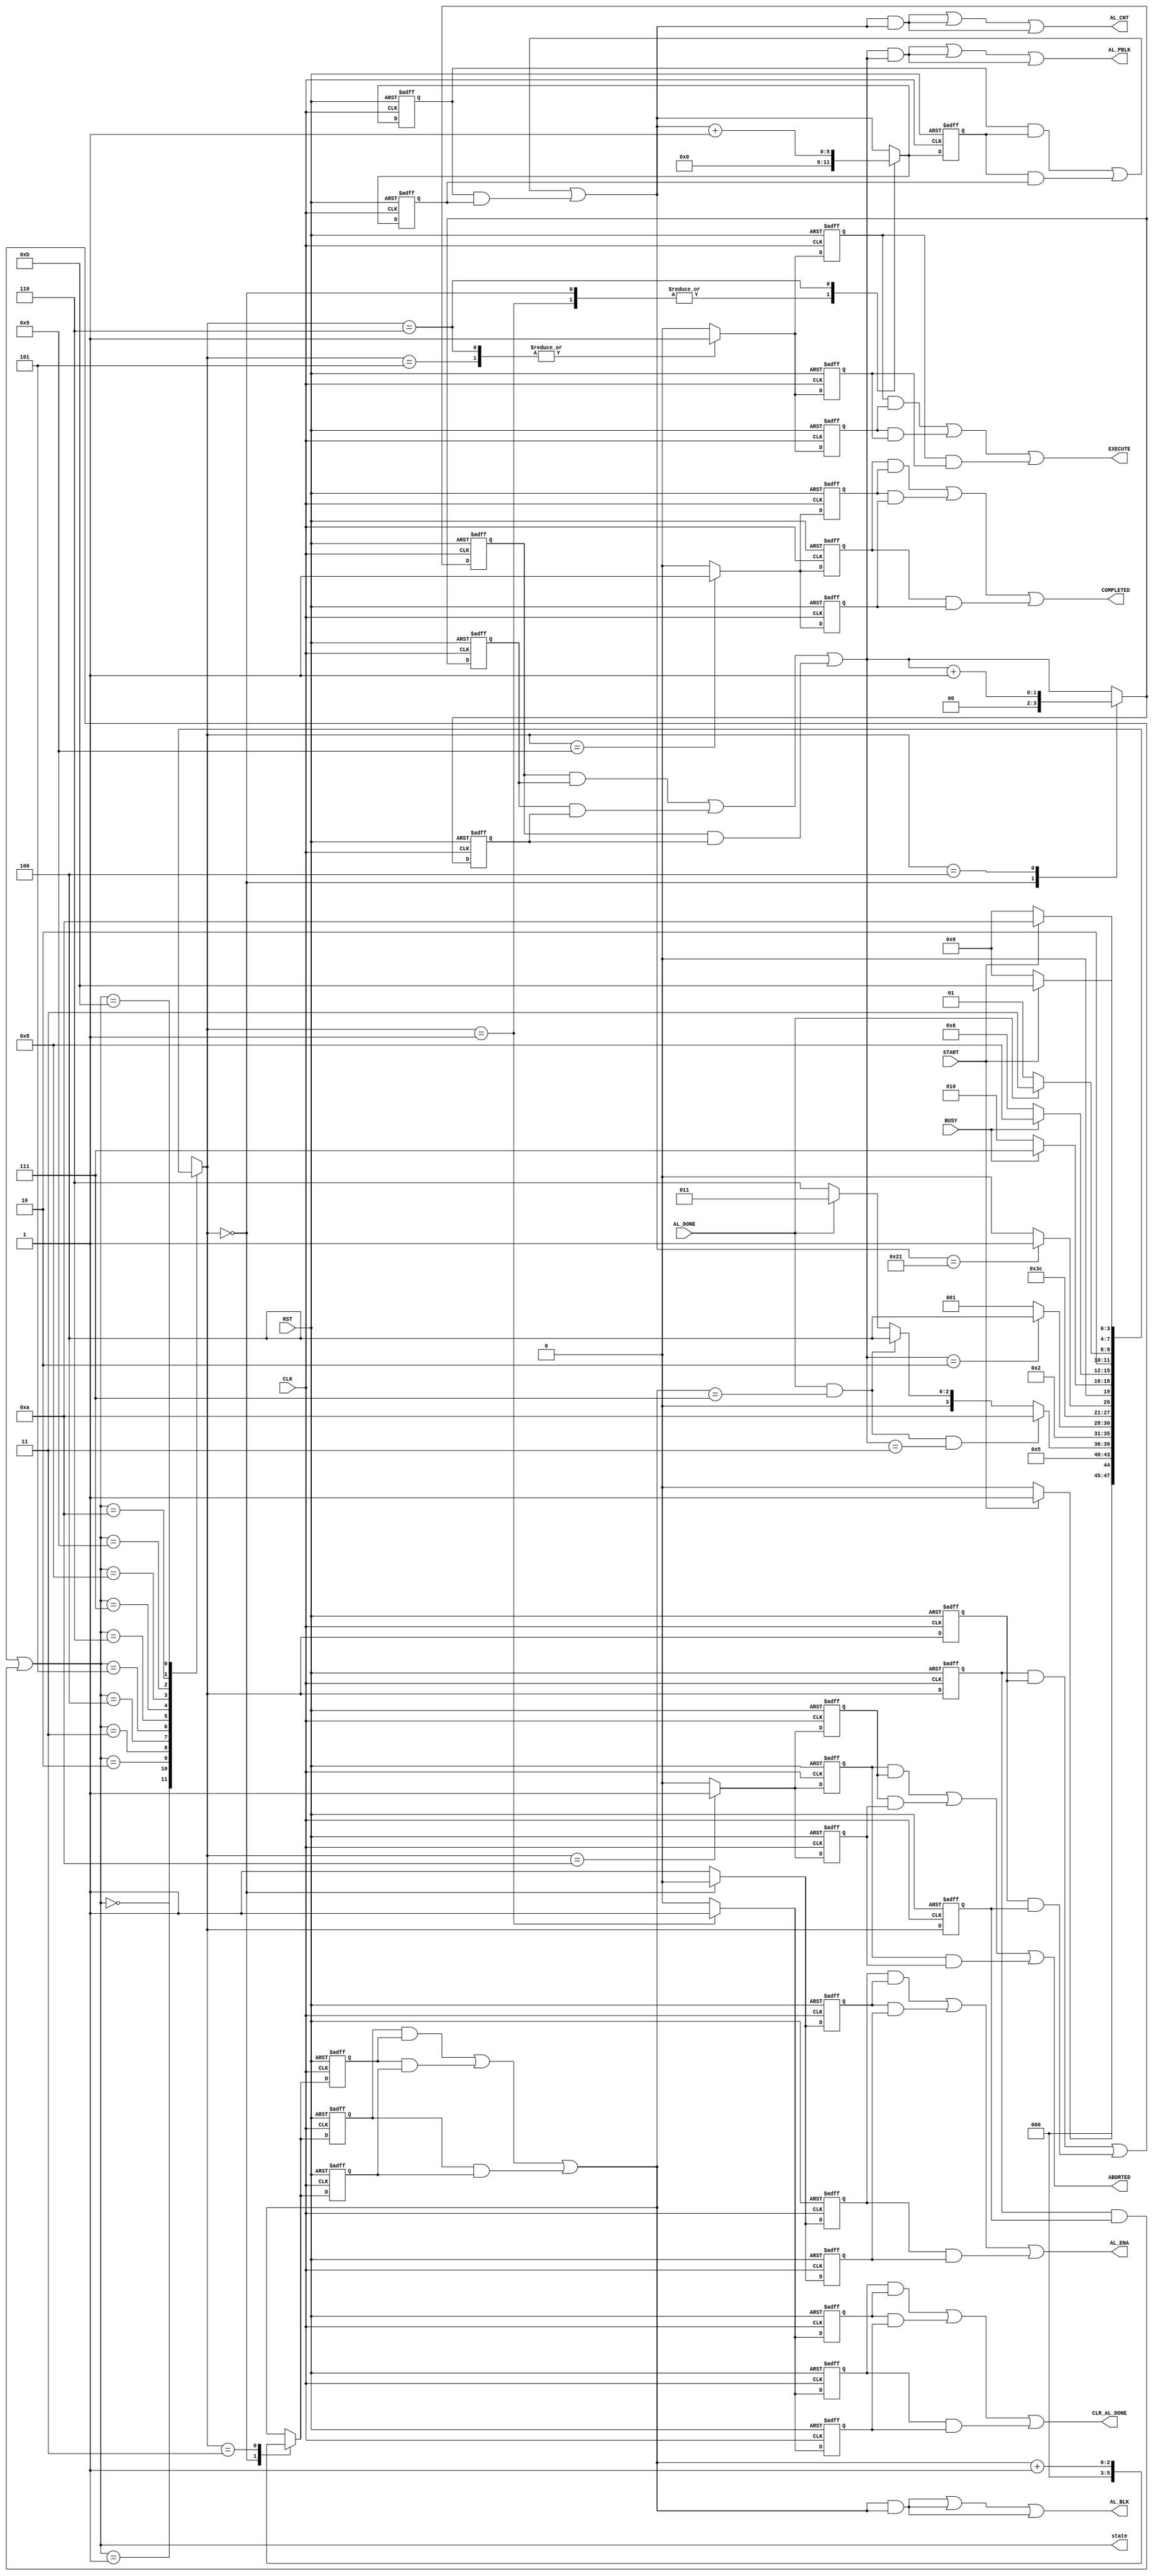

// Created by fizzim_tmr.pl version $Revision: 4.44 on 2017:01:13 at 14:09:33 (www.fizzim.com)

module auto_load_FSM_TMR 
  #(
    parameter MAX_ADDR = 6'd33,
    parameter MAX_BLK = 3'd7,
    parameter MAX_PBLK = 2'd3,
    parameter SKIP_PBLK = 2'd2
  )(
  output ABORTED,
  output wire [2:0] AL_BLK,
  output wire [5:0] AL_CNT,
  output AL_ENA,
  output wire [1:0] AL_PBLK,
  output CLR_AL_DONE,
  output COMPLETED,
  output EXECUTE,
  output wire [3:0] state,
  input AL_DONE,
  input BUSY,
  input CLK,
  input RST,
  input START 
);

  // state bits
  parameter 
  Idle       = 4'b0000, 
  AL_Ena     = 4'b0001, 
  Chk_Abort  = 4'b0010, 
  Inc_Blk    = 4'b0011, 
  Inc_PBlk   = 4'b0100, 
  Read_First = 4'b0101, 
  Read_One   = 4'b0110, 
  Wait2      = 4'b0111, 
  Wait3      = 4'b1000, 
  Wait4      = 4'b1001, 
  Wait5      = 4'b1010, 
  Wait6      = 4'b1011; 

  (* syn_preserve = "true" *) reg [3:0] state_1;
  (* syn_preserve = "true" *) reg [3:0] state_2;
  (* syn_preserve = "true" *) reg [3:0] state_3;

  (* syn_keep = "true" *) wire [3:0] voted_state_1;
  (* syn_keep = "true" *) wire [3:0] voted_state_2;
  (* syn_keep = "true" *) wire [3:0] voted_state_3;

  assign voted_state_1       = (state_1       & state_2      ) | (state_2       & state_3      ) | (state_1       & state_3      ); // Majority logic
  assign voted_state_2       = (state_1       & state_2      ) | (state_2       & state_3      ) | (state_1       & state_3      ); // Majority logic
  assign voted_state_3       = (state_1       & state_2      ) | (state_2       & state_3      ) | (state_1       & state_3      ); // Majority logic

  assign state = voted_state_1;

  (* syn_keep = "true" *) reg [3:0] nextstate_1;
  (* syn_keep = "true" *) reg [3:0] nextstate_2;
  (* syn_keep = "true" *) reg [3:0] nextstate_3;


  (* syn_preserve = "true" *)  reg ABORTED_1;
  (* syn_preserve = "true" *)  reg ABORTED_2;
  (* syn_preserve = "true" *)  reg ABORTED_3;
  (* syn_preserve = "true" *)  reg [2:0] AL_BLK_1;
  (* syn_preserve = "true" *)  reg [2:0] AL_BLK_2;
  (* syn_preserve = "true" *)  reg [2:0] AL_BLK_3;
  (* syn_preserve = "true" *)  reg [5:0] AL_CNT_1;
  (* syn_preserve = "true" *)  reg [5:0] AL_CNT_2;
  (* syn_preserve = "true" *)  reg [5:0] AL_CNT_3;
  (* syn_preserve = "true" *)  reg AL_ENA_1;
  (* syn_preserve = "true" *)  reg AL_ENA_2;
  (* syn_preserve = "true" *)  reg AL_ENA_3;
  (* syn_preserve = "true" *)  reg [1:0] AL_PBLK_1;
  (* syn_preserve = "true" *)  reg [1:0] AL_PBLK_2;
  (* syn_preserve = "true" *)  reg [1:0] AL_PBLK_3;
  (* syn_preserve = "true" *)  reg CLR_AL_DONE_1;
  (* syn_preserve = "true" *)  reg CLR_AL_DONE_2;
  (* syn_preserve = "true" *)  reg CLR_AL_DONE_3;
  (* syn_preserve = "true" *)  reg COMPLETED_1;
  (* syn_preserve = "true" *)  reg COMPLETED_2;
  (* syn_preserve = "true" *)  reg COMPLETED_3;
  (* syn_preserve = "true" *)  reg EXECUTE_1;
  (* syn_preserve = "true" *)  reg EXECUTE_2;
  (* syn_preserve = "true" *)  reg EXECUTE_3;
  (* syn_preserve = "true" *)  reg [2:0] block_1;
  (* syn_preserve = "true" *)  reg [2:0] block_2;
  (* syn_preserve = "true" *)  reg [2:0] block_3;
  (* syn_keep = "true" *)      wire [2:0] voted_block_1;
  (* syn_keep = "true" *)      wire [2:0] voted_block_2;
  (* syn_keep = "true" *)      wire [2:0] voted_block_3;
  (* syn_preserve = "true" *)  reg [5:0] cnt_1;
  (* syn_preserve = "true" *)  reg [5:0] cnt_2;
  (* syn_preserve = "true" *)  reg [5:0] cnt_3;
  (* syn_keep = "true" *)      wire [5:0] voted_cnt_1;
  (* syn_keep = "true" *)      wire [5:0] voted_cnt_2;
  (* syn_keep = "true" *)      wire [5:0] voted_cnt_3;
  (* syn_preserve = "true" *)  reg [1:0] pblk_1;
  (* syn_preserve = "true" *)  reg [1:0] pblk_2;
  (* syn_preserve = "true" *)  reg [1:0] pblk_3;
  (* syn_keep = "true" *)      wire [1:0] voted_pblk_1;
  (* syn_keep = "true" *)      wire [1:0] voted_pblk_2;
  (* syn_keep = "true" *)      wire [1:0] voted_pblk_3;

  // Assignment of outputs and flags to voted majority logic of replicated registers
  assign ABORTED     = (ABORTED_1     & ABORTED_2    ) | (ABORTED_2     & ABORTED_3    ) | (ABORTED_1     & ABORTED_3    ); // Majority logic
  assign AL_BLK      = (AL_BLK_1      & AL_BLK_2     ) | (AL_BLK_2      & AL_BLK_3     ) | (AL_BLK_1      & AL_BLK_3     ); // Majority logic
  assign AL_CNT      = (AL_CNT_1      & AL_CNT_2     ) | (AL_CNT_2      & AL_CNT_3     ) | (AL_CNT_1      & AL_CNT_3     ); // Majority logic
  assign AL_ENA      = (AL_ENA_1      & AL_ENA_2     ) | (AL_ENA_2      & AL_ENA_3     ) | (AL_ENA_1      & AL_ENA_3     ); // Majority logic
  assign AL_PBLK     = (AL_PBLK_1     & AL_PBLK_2    ) | (AL_PBLK_2     & AL_PBLK_3    ) | (AL_PBLK_1     & AL_PBLK_3    ); // Majority logic
  assign CLR_AL_DONE = (CLR_AL_DONE_1 & CLR_AL_DONE_2) | (CLR_AL_DONE_2 & CLR_AL_DONE_3) | (CLR_AL_DONE_1 & CLR_AL_DONE_3); // Majority logic
  assign COMPLETED   = (COMPLETED_1   & COMPLETED_2  ) | (COMPLETED_2   & COMPLETED_3  ) | (COMPLETED_1   & COMPLETED_3  ); // Majority logic
  assign EXECUTE     = (EXECUTE_1     & EXECUTE_2    ) | (EXECUTE_2     & EXECUTE_3    ) | (EXECUTE_1     & EXECUTE_3    ); // Majority logic
  assign voted_block_1       = (block_1       & block_2      ) | (block_2       & block_3      ) | (block_1       & block_3      ); // Majority logic
  assign voted_block_2       = (block_1       & block_2      ) | (block_2       & block_3      ) | (block_1       & block_3      ); // Majority logic
  assign voted_block_3       = (block_1       & block_2      ) | (block_2       & block_3      ) | (block_1       & block_3      ); // Majority logic
  assign voted_cnt_1         = (cnt_1         & cnt_2        ) | (cnt_2         & cnt_3        ) | (cnt_1         & cnt_3        ); // Majority logic
  assign voted_cnt_2         = (cnt_1         & cnt_2        ) | (cnt_2         & cnt_3        ) | (cnt_1         & cnt_3        ); // Majority logic
  assign voted_cnt_3         = (cnt_1         & cnt_2        ) | (cnt_2         & cnt_3        ) | (cnt_1         & cnt_3        ); // Majority logic
  assign voted_pblk_1        = (pblk_1        & pblk_2       ) | (pblk_2        & pblk_3       ) | (pblk_1        & pblk_3       ); // Majority logic
  assign voted_pblk_2        = (pblk_1        & pblk_2       ) | (pblk_2        & pblk_3       ) | (pblk_1        & pblk_3       ); // Majority logic
  assign voted_pblk_3        = (pblk_1        & pblk_2       ) | (pblk_2        & pblk_3       ) | (pblk_1        & pblk_3       ); // Majority logic

  // Assignment of error detection logic to replicated signals

  // comb always block
  always @* begin
    nextstate_1 = 4'bxxxx; // default to x because default_state_is_x is set
    nextstate_2 = 4'bxxxx; // default to x because default_state_is_x is set
    nextstate_3 = 4'bxxxx; // default to x because default_state_is_x is set
    AL_BLK_1 = voted_block_1; // default
    AL_BLK_2 = voted_block_2; // default
    AL_BLK_3 = voted_block_3; // default
    AL_CNT_1 = voted_cnt_1; // default
    AL_CNT_2 = voted_cnt_2; // default
    AL_CNT_3 = voted_cnt_3; // default
    AL_PBLK_1 = voted_pblk_1; // default
    AL_PBLK_2 = voted_pblk_2; // default
    AL_PBLK_3 = voted_pblk_3; // default
    case (voted_state_1)
      Idle      : if      (START)                                                                nextstate_1 = AL_Ena;
                  else                                                                           nextstate_1 = Idle;
      AL_Ena    :                                                                                nextstate_1 = Read_First;
      Chk_Abort : if      (AL_DONE && (voted_block_1 == MAX_BLK) && (voted_pblk_1 == MAX_PBLK))  nextstate_1 = Wait5;
                  else if (AL_DONE && (voted_block_1 == MAX_BLK))                                nextstate_1 = Inc_PBlk;
                  else if (AL_DONE)                                                              nextstate_1 = Inc_Blk;
                  else                                                                           nextstate_1 = Read_One;
      Inc_Blk   :                                                                                nextstate_1 = AL_Ena;
      Inc_PBlk  : if      (voted_pblk_1 == SKIP_PBLK)                                            nextstate_1 = Inc_PBlk;
                  else                                                                           nextstate_1 = AL_Ena;
      Read_First:                                                                                nextstate_1 = Wait2;
      Read_One  : if      (voted_cnt_1 == MAX_ADDR)                                              nextstate_1 = Wait4;
                  else                                                                           nextstate_1 = Wait3;
      Wait2     : if      (!BUSY)                                                                nextstate_1 = Chk_Abort;
                  else                                                                           nextstate_1 = Wait2;
      Wait3     : if      (!BUSY)                                                                nextstate_1 = Read_One;
                  else                                                                           nextstate_1 = Wait3;
      Wait4     : if      (AL_DONE)                                                              nextstate_1 = Wait6;
                  else                                                                           nextstate_1 = Wait4;
      Wait5     : if      (!START)                                                               nextstate_1 = Idle;
                  else                                                                           nextstate_1 = Wait5;
      Wait6     : if      (!START)                                                               nextstate_1 = Idle;
                  else                                                                           nextstate_1 = Wait6;
    endcase
    case (voted_state_2)
      Idle      : if      (START)                                                                nextstate_2 = AL_Ena;
                  else                                                                           nextstate_2 = Idle;
      AL_Ena    :                                                                                nextstate_2 = Read_First;
      Chk_Abort : if      (AL_DONE && (voted_block_2 == MAX_BLK) && (voted_pblk_2 == MAX_PBLK))  nextstate_2 = Wait5;
                  else if (AL_DONE && (voted_block_2 == MAX_BLK))                                nextstate_2 = Inc_PBlk;
                  else if (AL_DONE)                                                              nextstate_2 = Inc_Blk;
                  else                                                                           nextstate_2 = Read_One;
      Inc_Blk   :                                                                                nextstate_2 = AL_Ena;
      Inc_PBlk  : if      (voted_pblk_2 == SKIP_PBLK)                                            nextstate_2 = Inc_PBlk;
                  else                                                                           nextstate_2 = AL_Ena;
      Read_First:                                                                                nextstate_2 = Wait2;
      Read_One  : if      (voted_cnt_2 == MAX_ADDR)                                              nextstate_2 = Wait4;
                  else                                                                           nextstate_2 = Wait3;
      Wait2     : if      (!BUSY)                                                                nextstate_2 = Chk_Abort;
                  else                                                                           nextstate_2 = Wait2;
      Wait3     : if      (!BUSY)                                                                nextstate_2 = Read_One;
                  else                                                                           nextstate_2 = Wait3;
      Wait4     : if      (AL_DONE)                                                              nextstate_2 = Wait6;
                  else                                                                           nextstate_2 = Wait4;
      Wait5     : if      (!START)                                                               nextstate_2 = Idle;
                  else                                                                           nextstate_2 = Wait5;
      Wait6     : if      (!START)                                                               nextstate_2 = Idle;
                  else                                                                           nextstate_2 = Wait6;
    endcase
    case (voted_state_3)
      Idle      : if      (START)                                                                nextstate_3 = AL_Ena;
                  else                                                                           nextstate_3 = Idle;
      AL_Ena    :                                                                                nextstate_3 = Read_First;
      Chk_Abort : if      (AL_DONE && (voted_block_3 == MAX_BLK) && (voted_pblk_3 == MAX_PBLK))  nextstate_3 = Wait5;
                  else if (AL_DONE && (voted_block_3 == MAX_BLK))                                nextstate_3 = Inc_PBlk;
                  else if (AL_DONE)                                                              nextstate_3 = Inc_Blk;
                  else                                                                           nextstate_3 = Read_One;
      Inc_Blk   :                                                                                nextstate_3 = AL_Ena;
      Inc_PBlk  : if      (voted_pblk_3 == SKIP_PBLK)                                            nextstate_3 = Inc_PBlk;
                  else                                                                           nextstate_3 = AL_Ena;
      Read_First:                                                                                nextstate_3 = Wait2;
      Read_One  : if      (voted_cnt_3 == MAX_ADDR)                                              nextstate_3 = Wait4;
                  else                                                                           nextstate_3 = Wait3;
      Wait2     : if      (!BUSY)                                                                nextstate_3 = Chk_Abort;
                  else                                                                           nextstate_3 = Wait2;
      Wait3     : if      (!BUSY)                                                                nextstate_3 = Read_One;
                  else                                                                           nextstate_3 = Wait3;
      Wait4     : if      (AL_DONE)                                                              nextstate_3 = Wait6;
                  else                                                                           nextstate_3 = Wait4;
      Wait5     : if      (!START)                                                               nextstate_3 = Idle;
                  else                                                                           nextstate_3 = Wait5;
      Wait6     : if      (!START)                                                               nextstate_3 = Idle;
                  else                                                                           nextstate_3 = Wait6;
    endcase
  end

  // Assign reg'd outputs to state bits

  // sequential always block
  always @(posedge CLK or posedge RST) begin
    if (RST) begin
      state_1 <= Idle;
      state_2 <= Idle;
      state_3 <= Idle;
    end
    else begin
      state_1 <= nextstate_1;
      state_2 <= nextstate_2;
      state_3 <= nextstate_3;
    end
  end

  // datapath sequential always block
  always @(posedge CLK or posedge RST) begin
    if (RST) begin
      ABORTED_1 <= 0;
      ABORTED_2 <= 0;
      ABORTED_3 <= 0;
      AL_ENA_1 <= 0;
      AL_ENA_2 <= 0;
      AL_ENA_3 <= 0;
      CLR_AL_DONE_1 <= 0;
      CLR_AL_DONE_2 <= 0;
      CLR_AL_DONE_3 <= 0;
      COMPLETED_1 <= 0;
      COMPLETED_2 <= 0;
      COMPLETED_3 <= 0;
      EXECUTE_1 <= 0;
      EXECUTE_2 <= 0;
      EXECUTE_3 <= 0;
      block_1 <= 3'h0;
      block_2 <= 3'h0;
      block_3 <= 3'h0;
      cnt_1 <= 6'h00;
      cnt_2 <= 6'h00;
      cnt_3 <= 6'h00;
      pblk_1 <= 2'h0;
      pblk_2 <= 2'h0;
      pblk_3 <= 2'h0;
    end
    else begin
      ABORTED_1 <= 0; // default
      ABORTED_2 <= 0; // default
      ABORTED_3 <= 0; // default
      AL_ENA_1 <= 1; // default
      AL_ENA_2 <= 1; // default
      AL_ENA_3 <= 1; // default
      CLR_AL_DONE_1 <= 0; // default
      CLR_AL_DONE_2 <= 0; // default
      CLR_AL_DONE_3 <= 0; // default
      COMPLETED_1 <= 0; // default
      COMPLETED_2 <= 0; // default
      COMPLETED_3 <= 0; // default
      EXECUTE_1 <= 0; // default
      EXECUTE_2 <= 0; // default
      EXECUTE_3 <= 0; // default
      block_1 <= voted_block_1; // default
      block_2 <= voted_block_2; // default
      block_3 <= voted_block_3; // default
      cnt_1 <= voted_cnt_1; // default
      cnt_2 <= voted_cnt_2; // default
      cnt_3 <= voted_cnt_3; // default
      pblk_1 <= voted_pblk_1; // default
      pblk_2 <= voted_pblk_2; // default
      pblk_3 <= voted_pblk_3; // default
      case (nextstate_1)
        Idle      : begin
                           AL_ENA_1 <= 0;
                           block_1 <= 3'b000;
                           cnt_1 <= 6'h00;
                           pblk_1 <= 2'b00;
        end
        AL_Ena    : begin
                           CLR_AL_DONE_1 <= 1;
                           cnt_1 <= 6'h00;
        end
        Inc_Blk   :        block_1 <= voted_block_1 + 1;
        Inc_PBlk  :        pblk_1 <= voted_pblk_1 + 1;
        Read_First:        EXECUTE_1 <= 1;
        Read_One  : begin
                           EXECUTE_1 <= 1;
                           cnt_1 <= voted_cnt_1 + 1;
        end
        Wait4     :        COMPLETED_1 <= 1;
        Wait5     :        ABORTED_1 <= 1;
      endcase
      case (nextstate_2)
        Idle      : begin
                           AL_ENA_2 <= 0;
                           block_2 <= 3'b000;
                           cnt_2 <= 6'h00;
                           pblk_2 <= 2'b00;
        end
        AL_Ena    : begin
                           CLR_AL_DONE_2 <= 1;
                           cnt_2 <= 6'h00;
        end
        Inc_Blk   :        block_2 <= voted_block_2 + 1;
        Inc_PBlk  :        pblk_2 <= voted_pblk_2 + 1;
        Read_First:        EXECUTE_2 <= 1;
        Read_One  : begin
                           EXECUTE_2 <= 1;
                           cnt_2 <= voted_cnt_2 + 1;
        end
        Wait4     :        COMPLETED_2 <= 1;
        Wait5     :        ABORTED_2 <= 1;
      endcase
      case (nextstate_3)
        Idle      : begin
                           AL_ENA_3 <= 0;
                           block_3 <= 3'b000;
                           cnt_3 <= 6'h00;
                           pblk_3 <= 2'b00;
        end
        AL_Ena    : begin
                           CLR_AL_DONE_3 <= 1;
                           cnt_3 <= 6'h00;
        end
        Inc_Blk   :        block_3 <= voted_block_3 + 1;
        Inc_PBlk  :        pblk_3 <= voted_pblk_3 + 1;
        Read_First:        EXECUTE_3 <= 1;
        Read_One  : begin
                           EXECUTE_3 <= 1;
                           cnt_3 <= voted_cnt_3 + 1;
        end
        Wait4     :        COMPLETED_3 <= 1;
        Wait5     :        ABORTED_3 <= 1;
      endcase
    end
  end

  // This code allows you to see state names in simulation
  `ifndef SYNTHESIS
  reg [79:0] statename;
  always @* begin
    case (state_1)
      Idle      : statename = "Idle";
      AL_Ena    : statename = "AL_Ena";
      Chk_Abort : statename = "Chk_Abort";
      Inc_Blk   : statename = "Inc_Blk";
      Inc_PBlk  : statename = "Inc_PBlk";
      Read_First: statename = "Read_First";
      Read_One  : statename = "Read_One";
      Wait2     : statename = "Wait2";
      Wait3     : statename = "Wait3";
      Wait4     : statename = "Wait4";
      Wait5     : statename = "Wait5";
      Wait6     : statename = "Wait6";
      default   : statename = "XXXXXXXXXX";
    endcase
  end
  `endif

endmodule